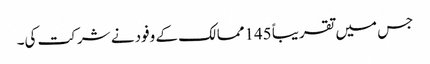
جس میں تقریباً 145ممالک کے وفود نے شرکت کی۔